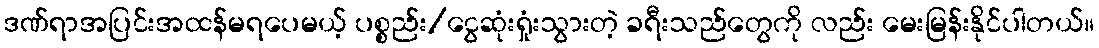
ဒဏ်ရာအပြင်းအထန်မရပေမယ့် ပစ္စည်း/ငွေဆုံးရှုံးသွားတဲ့ ခရီးသည်တွေကို လည်း မေးမြန်းနိုင်ပါတယ်။